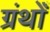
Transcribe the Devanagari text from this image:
ग्रंथोँ